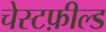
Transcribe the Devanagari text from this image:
चेस्टफ़ील्ड